Vaccination Hyderabad 1872-1889 - 1872-1889
Year: 1872
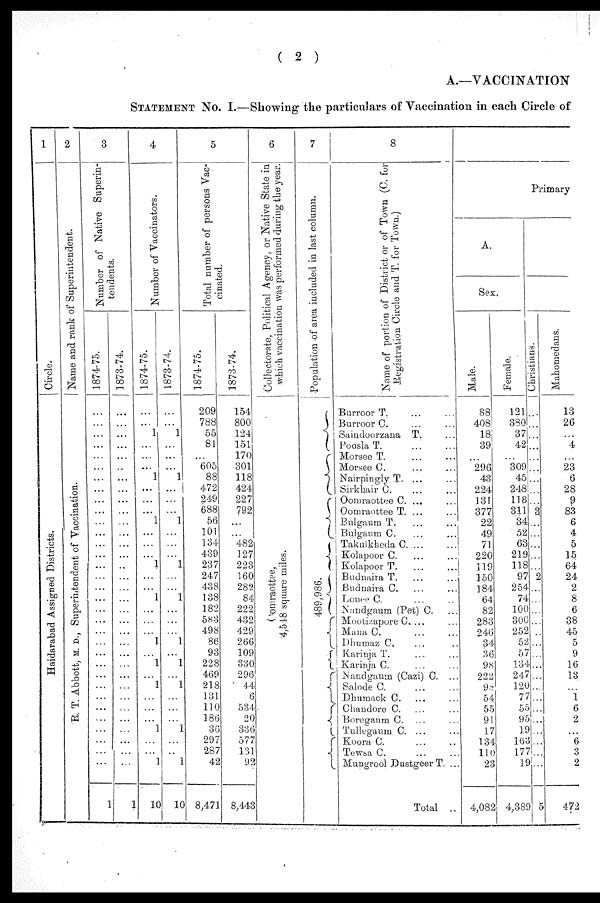
( 2 )
A.—VACCINATION
STATEMENT No. I.—Showing the particulars of Vaccination in each Circle of
1
Circle.
Haidarabad Assigned Districts.
2
Name and rank of Superintendent.
R. T. Abbott, M. D., Superintendent of Vaccination.
3
Number of Native Superin-
tendents.
1874-75.
...
...
...
...
...
...
...
...
...
...
...
...
...
...
...
...
...
...
...
...
...
...
...
...
...
...
...
...
...
...
...
...
...
1
1873-74.
...
...
...
...
...
...
...
...
...
...
...
...
...
...
...
...
...
...
...
...
...
...
...
...
...
...
...
...
...
...
...
...
...
1
4
Number of Vaccinators.
1874-75.
...
... 1
...
...
...
1
...
...
...
1
...
...
...
1
...
...
1
...
...
...
1
...
1
...
1
...
...
...
1
...
... 1
10
1873-74.
...
...
1
...
...
...
1
...
...
...
1
...
...
...
1
...
...
1
...
...
...
1
...
1
...
1
...
...
...
1
...
... 1
10
5
Total number of persons Vac-
cinated.
1874-75.
209
788
55
81
...
605
88
472
249
688
56
101
134
439
237
247
438
138
182
583
498
86
93
228
469
218
131
110
186
36
297
287
42
8,471
1873-74.
154
800
124
151
170
301
118
424
227
792
...
...
482
127
223
160
282
84
222
432
429
266
109
330
296
44
6
534
20
336
577
131
92
8,443
6
Collectorate, Political Agency, or Native State in
which vaccination was performed during the year.
Oomraottee,
4,548 square miles.
7
Population of area included in last column.
489,986.
8
Name of portion of District or of Town (C. for
Registration Circle and T. for Town.)
Burroor T.
...
...
Burroor C. ... ...
Saindoorzana T. ...
Poosla T. ... ...
Morsee T. ... ...
Morsee C. ... ...
Nairpingly T. ... ...
Sirkhair C. ... ...
Oomraottee C. ... ...
Oomraottee T. ... ...
Bulgaum T. ... ...
Bulgaum C. ... ...
Takulkheda C. ... ...
Kolapoor C. ... ...
Kolapoor T. ... ...
Budnaira T. ... ...
Budnaira C. ... ...
Lonee C. ... ...
Nandgaum (Pet) C. ...
Mootizapore C. ... ...
Mana C.
...
...
Dhumaz C. ... ...
Karinja T. ... ...
Karinja C. ... ...
Nandgaum (Cazi) C. ...
Salode C. ... ...
Dhumack C. ... ...
Chandore C. ... ...
Boregaum C. ... ...
Tullegaum C. ... ...
Koora C. ... ...
Tewsa C. ... ...
Mungrool Dustgeer T. ...
Total ..
Primary
A.
Sex.
Male.
88
408
18
39
...
296
43
224
131
377
22
49
71
220
119
150
184
64
82
283
246
34
36
98
222
98
54
55
91
17
134
110
23
4,082
Female.
121
380
37
42
...
309
45
248
118
311
34
52
63
219
118
97
254
74
100
300
252
52
57
134
247
120
77
55
95
19
163
177
19
4,389
Chr i
s t
i
ans .
...
...
...
...
...
...
...
...
...
3
...
...
...
...
...
2
...
...
...
...
...
...
...
...
...
...
...
...
...
...
...
...
...
5
Mahomedans
13
26
...
4
...
23
6
28
9
83
6
4
5
15
64
24
2
8
6
38
45
5
9
16
13
...
1 6
2
...
6
3
2
472